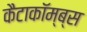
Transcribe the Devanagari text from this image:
कैटाकॉम्ब्स